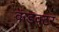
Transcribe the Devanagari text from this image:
कंडक्‍टर